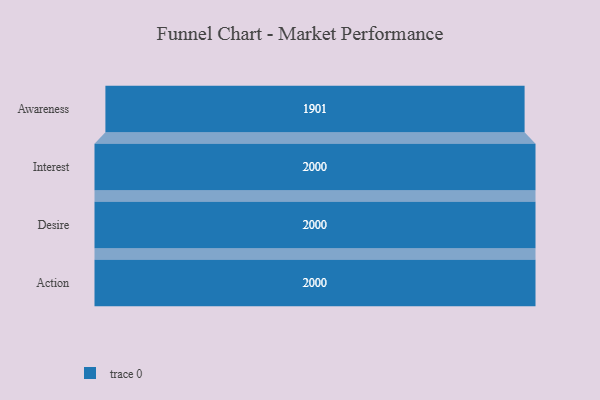
{"axis": {"x": "Stage", "y": "Value"}, "legend": [""], "data": [{"x": "Awareness", "y": 1901.0, "type": ""}, {"x": "Interest", "y": 2000, "type": ""}, {"x": "Desire", "y": 2000, "type": ""}, {"x": "Action", "y": 2000, "type": ""}]}